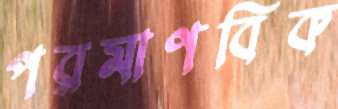
পরমাণবিক